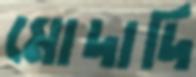
মোদাদি